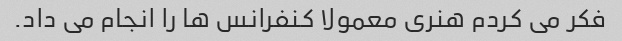
فکر می کردم هنری معمولا کنفرانس ها را انجام می داد.